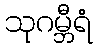
သုဂမ္ဘီရံ